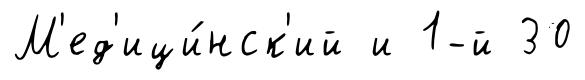
М'ед'ици́нск'ий и 1-й 30